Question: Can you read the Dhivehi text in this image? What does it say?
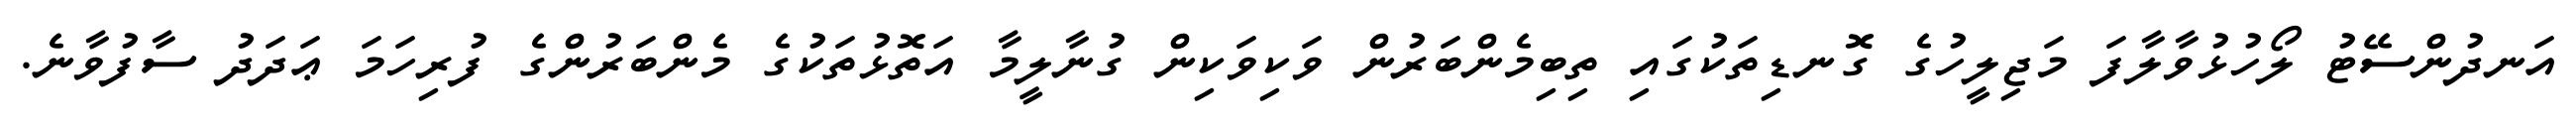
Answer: އަނދުންސޭޓު ލޯހުޅުވާލާފަ މަޖިލީހުގެ ގޮނޑިތަކުގައި ތިބިމެންބަރުން ވަކިވަކިން ގުނާލީމާ އަތޮޅުތަކުގެ މެންބަރުންގެ ފުރިހަމަ ޢަދަދު ސާފުވާނެ.